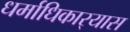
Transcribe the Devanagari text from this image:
धर्माधिकार्‍यास